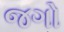
જગો